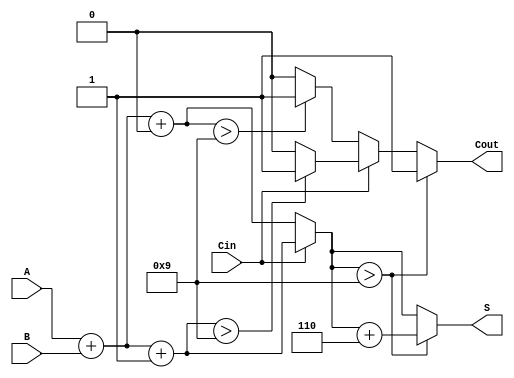
module BCD_Modified_Carry_Select_Adder (
    input  wire [3:0] A,       // BCD digit A
    input  wire [3:0] B,       // BCD digit B
    input  wire Cin,           // Carry-in
    output reg  [3:0] S,       // BCD sum
    output reg  Cout           // Carry-out
);

    // Intermediate signals
    wire [4:0] S0;            // Sum for Cin = 0 (5 bits to accommodate carry)
    wire [4:0] S1;            // Sum for Cin = 1 (5 bits to accommodate carry)
    wire Cout0;               // Carry-out for S0
    wire Cout1;               // Carry-out for S1

    // Initial sum calculations
    assign S0 = A + B + 4'b0000; // S0 = A + B + 0
    assign S1 = A + B + 4'b0001; // S1 = A + B + 1

    // Carry-out calculations
    assign Cout0 = (S0[3:0] > 4'b1001) ? 1'b1 : 1'b0; // Cout0 if S0 > 9
    assign Cout1 = (S1[3:0] > 4'b1001) ? 1'b1 : 1'b0; // Cout1 if S1 > 9

    // Carry Select Logic
    always @(*) begin
        if (Cin == 1'b0) begin
            S = S0[3:0]; // Select S0
            Cout = Cout0; // Select Cout0
        end else begin
            S = S1[3:0]; // Select S1
            Cout = Cout1; // Select Cout1
        end

        // BCD Correction Logic
        if (S > 4'b1001) begin
            S = S + 4'b0110; // Add 6 to correct BCD
            Cout = 1'b1; // Set carry-out if correction is applied
        end
    end

endmodule